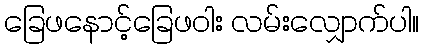
ခြေဖနောင့်ခြေဖဝါး လမ်းလျှောက်ပါ။